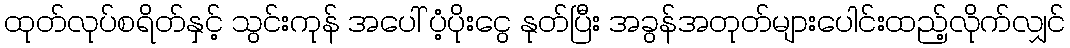
ထုတ်လုပ်စရိတ်နှင့် သွင်းကုန် အပေါ် ပံ့ပိုးငွေ နုတ်ပြီး အခွန်အတုတ်များပေါင်းထည့်လိုက်လျှင်